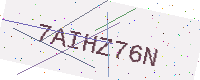
Text: 7AIHZ76N